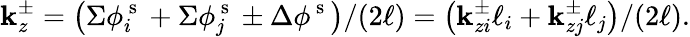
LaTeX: \mathbf{k}_{z}^{\pm}=\left(\Sigma\phi_{i}^{\mathrm{{~s~}}}+\Sigma\phi_{j}^{\mathrm{{~s~}}}\pm\Delta\phi^{\mathrm{{~s~}}}\right)/(2\ell)=\left(\mathbf{k}_{zi}^{\pm}\ell_{i}+\mathbf{k}_{zj}^{\pm}\ell_{j}\right)/(2\ell).